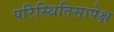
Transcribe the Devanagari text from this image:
परिस्थितिसापेक्ष